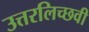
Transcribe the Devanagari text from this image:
उत्तरलिच्छवी